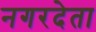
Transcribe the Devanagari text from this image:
नगरदेता